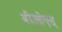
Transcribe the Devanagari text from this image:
बीओएस्